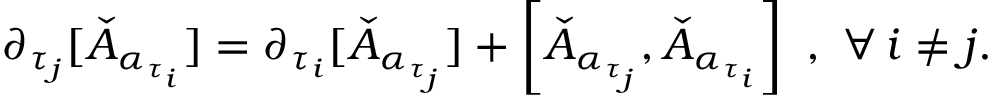
\partial _ { \tau _ { j } } [ \check { A } _ { \boldsymbol { \alpha } _ { \tau _ { i } } } ] = \partial _ { \tau _ { i } } [ \check { A } _ { \boldsymbol { \alpha } _ { \tau _ { j } } } ] + \left[ \check { A } _ { \boldsymbol { \alpha } _ { \tau _ { j } } } , \check { A } _ { \boldsymbol { \alpha } _ { \tau _ { i } } } \right] \, \, , \, \, \forall \, i \neq j .